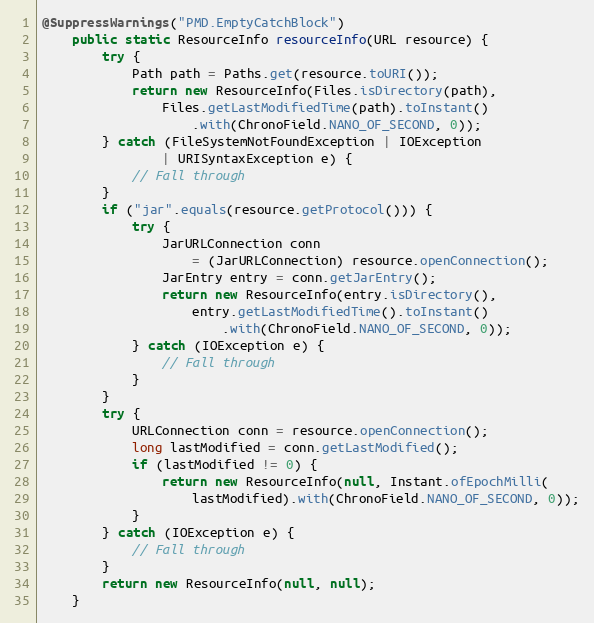
Language: Java
@SuppressWarnings("PMD.EmptyCatchBlock")
    public static ResourceInfo resourceInfo(URL resource) {
        try {
            Path path = Paths.get(resource.toURI());
            return new ResourceInfo(Files.isDirectory(path),
                Files.getLastModifiedTime(path).toInstant()
                    .with(ChronoField.NANO_OF_SECOND, 0));
        } catch (FileSystemNotFoundException | IOException
                | URISyntaxException e) {
            // Fall through
        }
        if ("jar".equals(resource.getProtocol())) {
            try {
                JarURLConnection conn
                    = (JarURLConnection) resource.openConnection();
                JarEntry entry = conn.getJarEntry();
                return new ResourceInfo(entry.isDirectory(),
                    entry.getLastModifiedTime().toInstant()
                        .with(ChronoField.NANO_OF_SECOND, 0));
            } catch (IOException e) {
                // Fall through
            }
        }
        try {
            URLConnection conn = resource.openConnection();
            long lastModified = conn.getLastModified();
            if (lastModified != 0) {
                return new ResourceInfo(null, Instant.ofEpochMilli(
                    lastModified).with(ChronoField.NANO_OF_SECOND, 0));
            }
        } catch (IOException e) {
            // Fall through
        }
        return new ResourceInfo(null, null);
    }